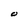
Character: O